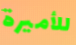
للأميرة